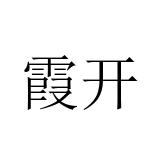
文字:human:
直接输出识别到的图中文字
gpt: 霞开